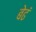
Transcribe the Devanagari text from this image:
बेढं